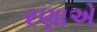
રણાએ